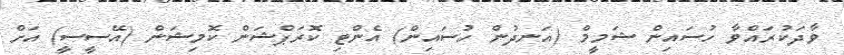
ވާދަކުރައްވާ ހުސައިން ޝަމީމް (އަނދުން ހުސައިން) އެންޓި ކޮރަޕްޝަން ކޮމިޝަން (އޭސީސީ) އަށް